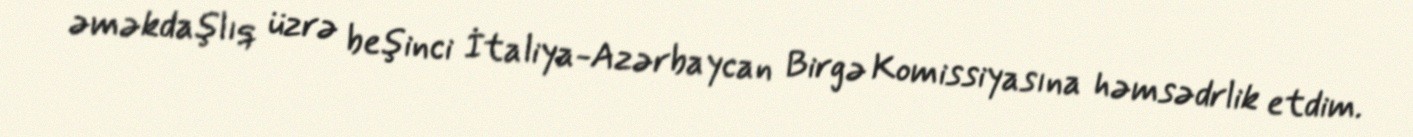
əməkdaşlıq üzrə beşinci İtaliya-Azərbaycan Birgə Komissiyasına həmsədrlik etdim.